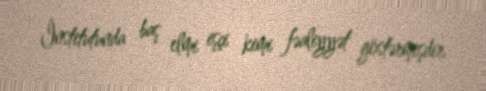
İnstitutunda baş elmi işçi kimi fəaliyyət göstərmişdir.